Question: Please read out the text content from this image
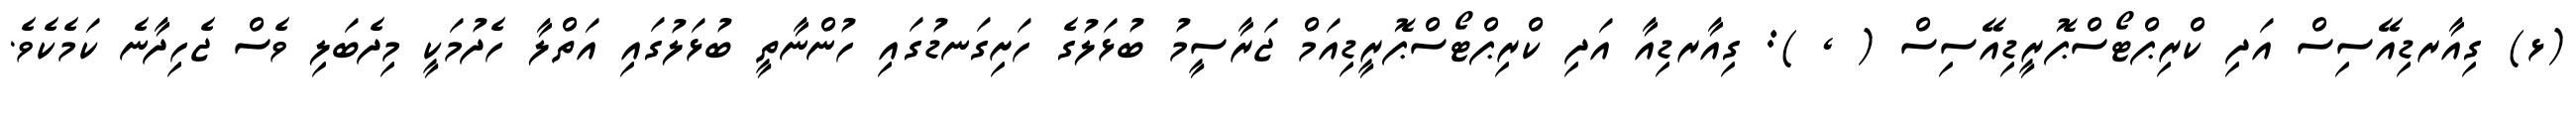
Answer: (ޅ) ގިއާރޑިއޭސިސް އަދި ކްރިޕްޓޯސްޕޮރީޑިއޭސިސް ( , ): ގިއާރޑިއާ އަދި ކްރިޕްޓޯސްޕޮރީޑިއަމް ޖަރާސީމު ބުޅަލުގެ ހަށިގަނޑުގައި ހުންނާތީ ބުޅަލުގައި އަތްލާ ހެދުމަކީ މިދެބަލި ވެސް ޖެހިދާނެ ކަމެކެވެ.